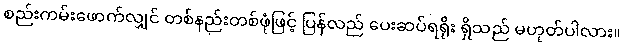
စည်းကမ်းဖောက်လျှင် တစ်နည်းတစ်ဖုံဖြင့် ပြန်လည် ပေးဆပ်ရရိုး ရှိသည် မဟုတ်ပါလား။